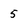
Character: 5